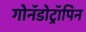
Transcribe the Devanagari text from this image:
गोनॅडोट्रॉपिन